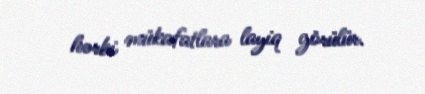
hərbi mükafatlara layiq görülür.